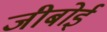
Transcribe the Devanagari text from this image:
जीबोई